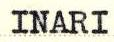
INARI